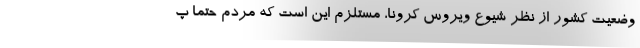
وضعیت کشور از نظر شیوع ویروس کرونا، مستلزم این است که مردم حتما پ